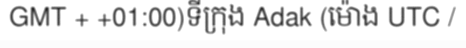
GMT + +01:00)ទីក្រុង Adak (ម៉ោង UTC /